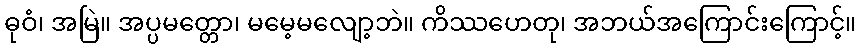
ဓုဝံ၊ အမြဲ။ အပ္ပမတ္တော၊ မမေ့မလျော့ဘဲ။ ကိဿဟေတု၊ အဘယ်အကြောင်းကြောင့်။